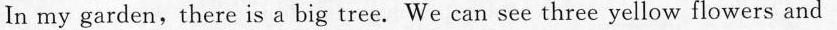
In my garden, there is a big tree. We can see three yellow flowers and